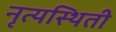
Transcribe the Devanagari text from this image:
नृत्यस्थिती